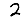
Digit: 2